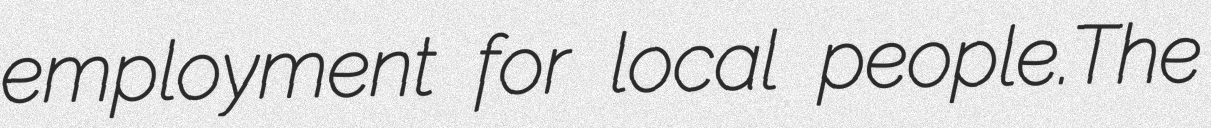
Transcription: employment for local people.The